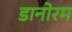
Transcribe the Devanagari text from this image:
डानोरम